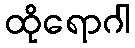
ထိုရောဂါ